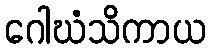
ဂေါဃံသိကာယ